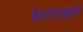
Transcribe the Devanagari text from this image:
कैटोलह्यूइक